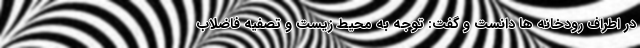
در اطراف رودخانه ها دانست و گفت: توجه به محیط زیست و تصفیه فاضلاب